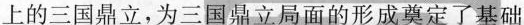
上的三国鼎立，为三国鼎立局面的形成奠定了基础